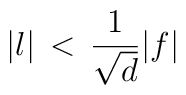
\vert l \vert \, < \, {1 \over {\sqrt{d}}} \vert f \vert